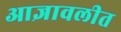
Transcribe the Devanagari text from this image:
आज्ञावलीत